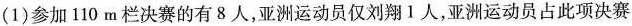
(1)参加110m栏决赛的有8人，亚洲运动员仅刘翔1人，亚洲运动员占此项决赛